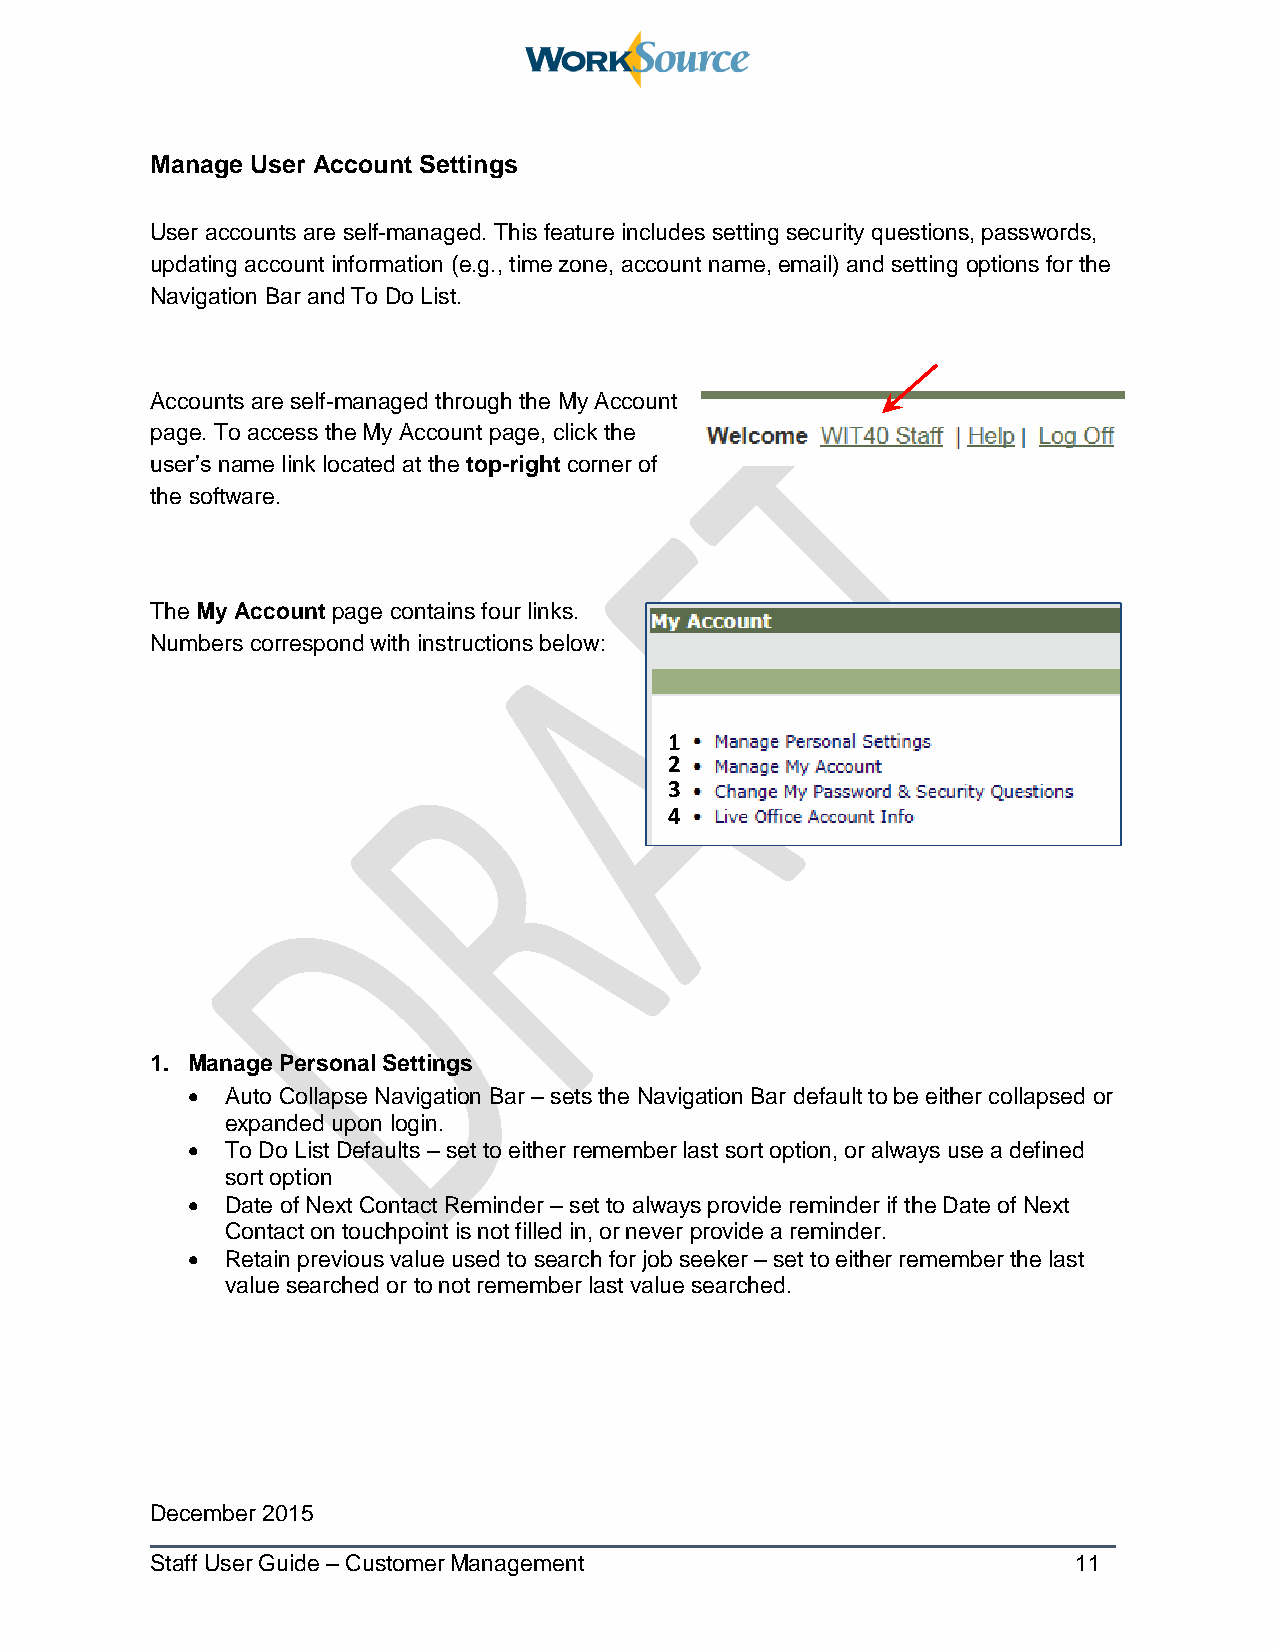
Manage User Account Settings
 User accounts are self-managed. This feature includes setting security questions, passwords,
 updating account information (e.g., time zone, account name, email) and setting options for the
 Navigation Bar and To Do List.
 Accounts are self-managed through the My Account
 page. To access the My Account page, click the
 user’s name link located at the top-right corner of
 the software.
 The My Account page contains four links.
 Numbers correspond with instructions below:
 1
 2
 3
 4
 1. Manage Personal Settings
   Auto Collapse Navigation Bar – sets the Navigation Bar default to be either collapsed or
 expanded upon login.
   To Do List Defaults – set to either remember last sort option, or always use a defined
 sort option
   Date of Next Contact Reminder – set to always provide reminder if the Date of Next
 Contact on touchpoint is not filled in, or never provide a reminder.
   Retain previous value used to search for job seeker – set to either remember the last
 value searched or to not remember last value searched.
 December 2015
 Staff User Guide – Customer Management                       11